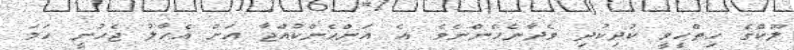
ލޫކްގެ ހިތްހީވީ ކުދިކުދި ވެދާނެހެންނެވެ. އެ އަންހެންކުއްޖާ އަށް އެހާލު ޖެހުނީ ހަމަ